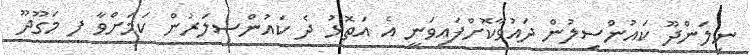
ނިލަންދޫ ކައުންސިލުން ދައުވާކޮށްފައިވަނީ އެ އަތޮޅު ދެ ކައުންސިލަރުން ކަމަށްވާ ފ މަގޫދޫ